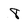
Character: 8